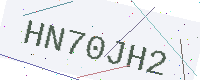
Text: HN70JH2